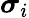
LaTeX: \boldsymbol{\sigma}_{i}